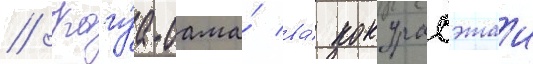
// Кагуа-сама́ ва́ кокурасэтаи